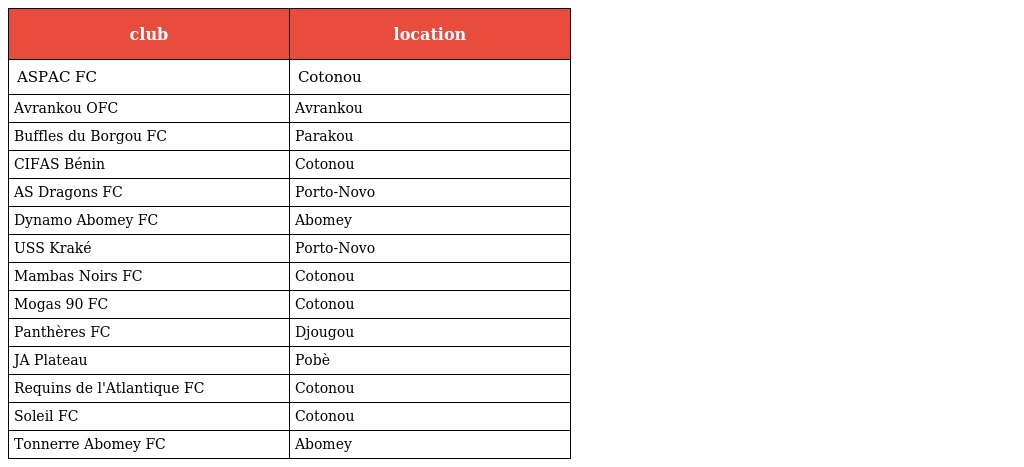
| club | location |
 | --- | --- |
 | ASPAC FC | Cotonou |
 | Avrankou OFC | Avrankou |
 | Buffles du Borgou FC | Parakou |
 | CIFAS Bénin | Cotonou |
 | AS Dragons FC | Porto-Novo |
 | Dynamo Abomey FC | Abomey |
 | USS Kraké | Porto-Novo |
 | Mambas Noirs FC | Cotonou |
 | Mogas 90 FC | Cotonou |
 | Panthères FC | Djougou |
 | JA Plateau | Pobè |
 | Requins de l'Atlantique FC | Cotonou |
 | Soleil FC | Cotonou |
 | Tonnerre Abomey FC | Abomey |